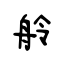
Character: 舲